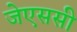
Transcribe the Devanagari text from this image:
जेएससी